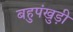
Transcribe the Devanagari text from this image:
बहुपंखुड़ी